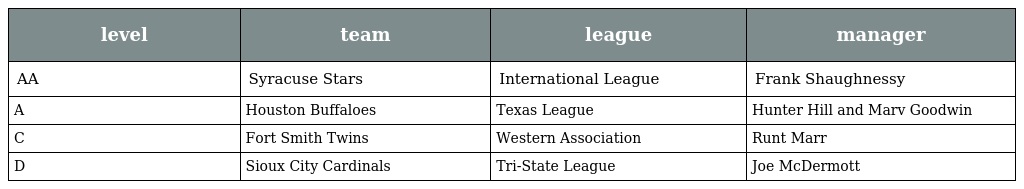
| level | team | league | manager |
 | --- | --- | --- | --- |
 | AA | Syracuse Stars | International League | Frank Shaughnessy |
 | A | Houston Buffaloes | Texas League | Hunter Hill and Marv Goodwin |
 | C | Fort Smith Twins | Western Association | Runt Marr |
 | D | Sioux City Cardinals | Tri-State League | Joe McDermott |